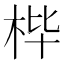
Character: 𮲰